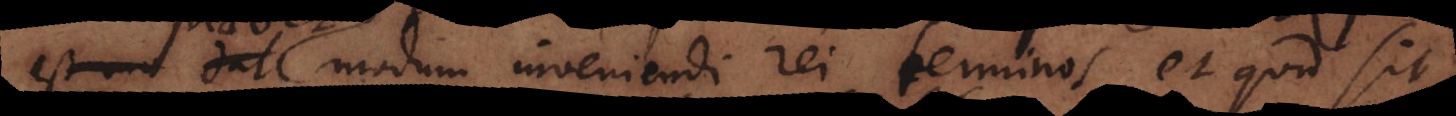
modum inveniendi rei terminos, et quid sit